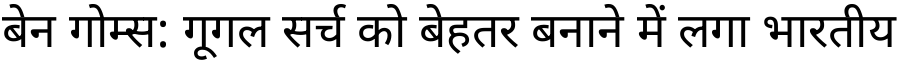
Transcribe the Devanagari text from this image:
बेन गोम्स: गूगल सर्च को बेहतर बनाने में लगा भारतीय